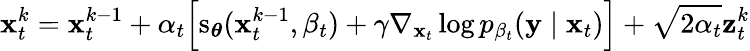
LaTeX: {\mathbf{x}}_{t}^{k}={\mathbf{x}}_{t}^{k-1}+\alpha_{t}\Big[\mathrm{{s}}_{\boldsymbol{\theta}}({\mathbf{x}}_{t}^{k-1},\beta_{t})+\gamma\nabla_{{\mathbf{x}}_{t}}\log p_{\beta_{t}}({\mathbf{y}}\mid{\mathbf{x}}_{t})\Big]+\sqrt{2\alpha_{t}}{\mathbf{z}}_{t}^{k}